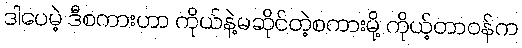
ဒါပေမဲ့ ဒီစကားဟာ ကိုယ်နဲ့မဆိုင်တဲ့စကားမို့ ကိုယ့်တာဝန်က